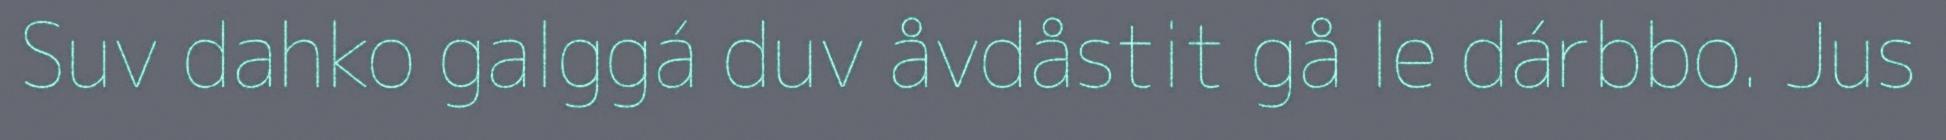
Suv dahko galggá duv åvdåstit gå le dárbbo. Jus